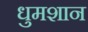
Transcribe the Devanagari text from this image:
धुमशान